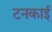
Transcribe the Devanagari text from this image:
टनकाई